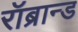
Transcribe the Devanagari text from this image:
रॉब्रान्ड